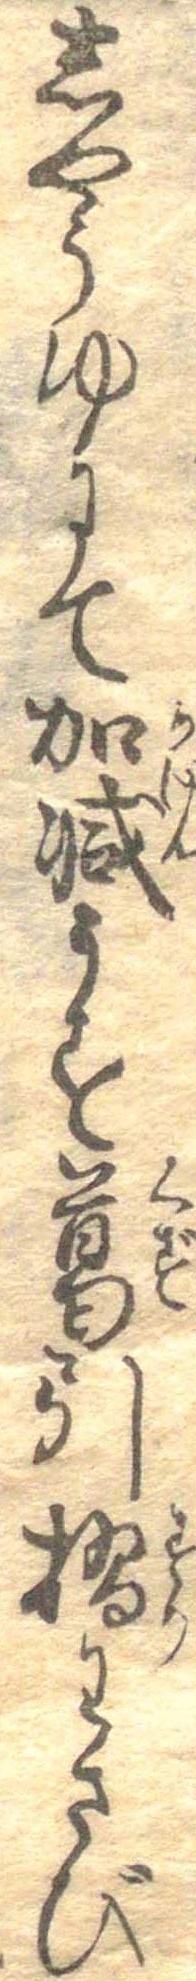
しやうゆにて加減うす葛引摺わさび